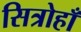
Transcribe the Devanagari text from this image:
सित्रोहाँ